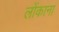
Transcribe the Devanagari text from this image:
लोंकाना